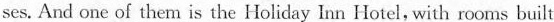
ses. And one oí them is the Holiday Inn Hotel, with rooms built